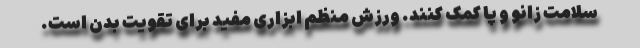
سلامت زانو و پا کمک کنند. ورزش منظم ابزاری مفید برای تقویت بدن است.